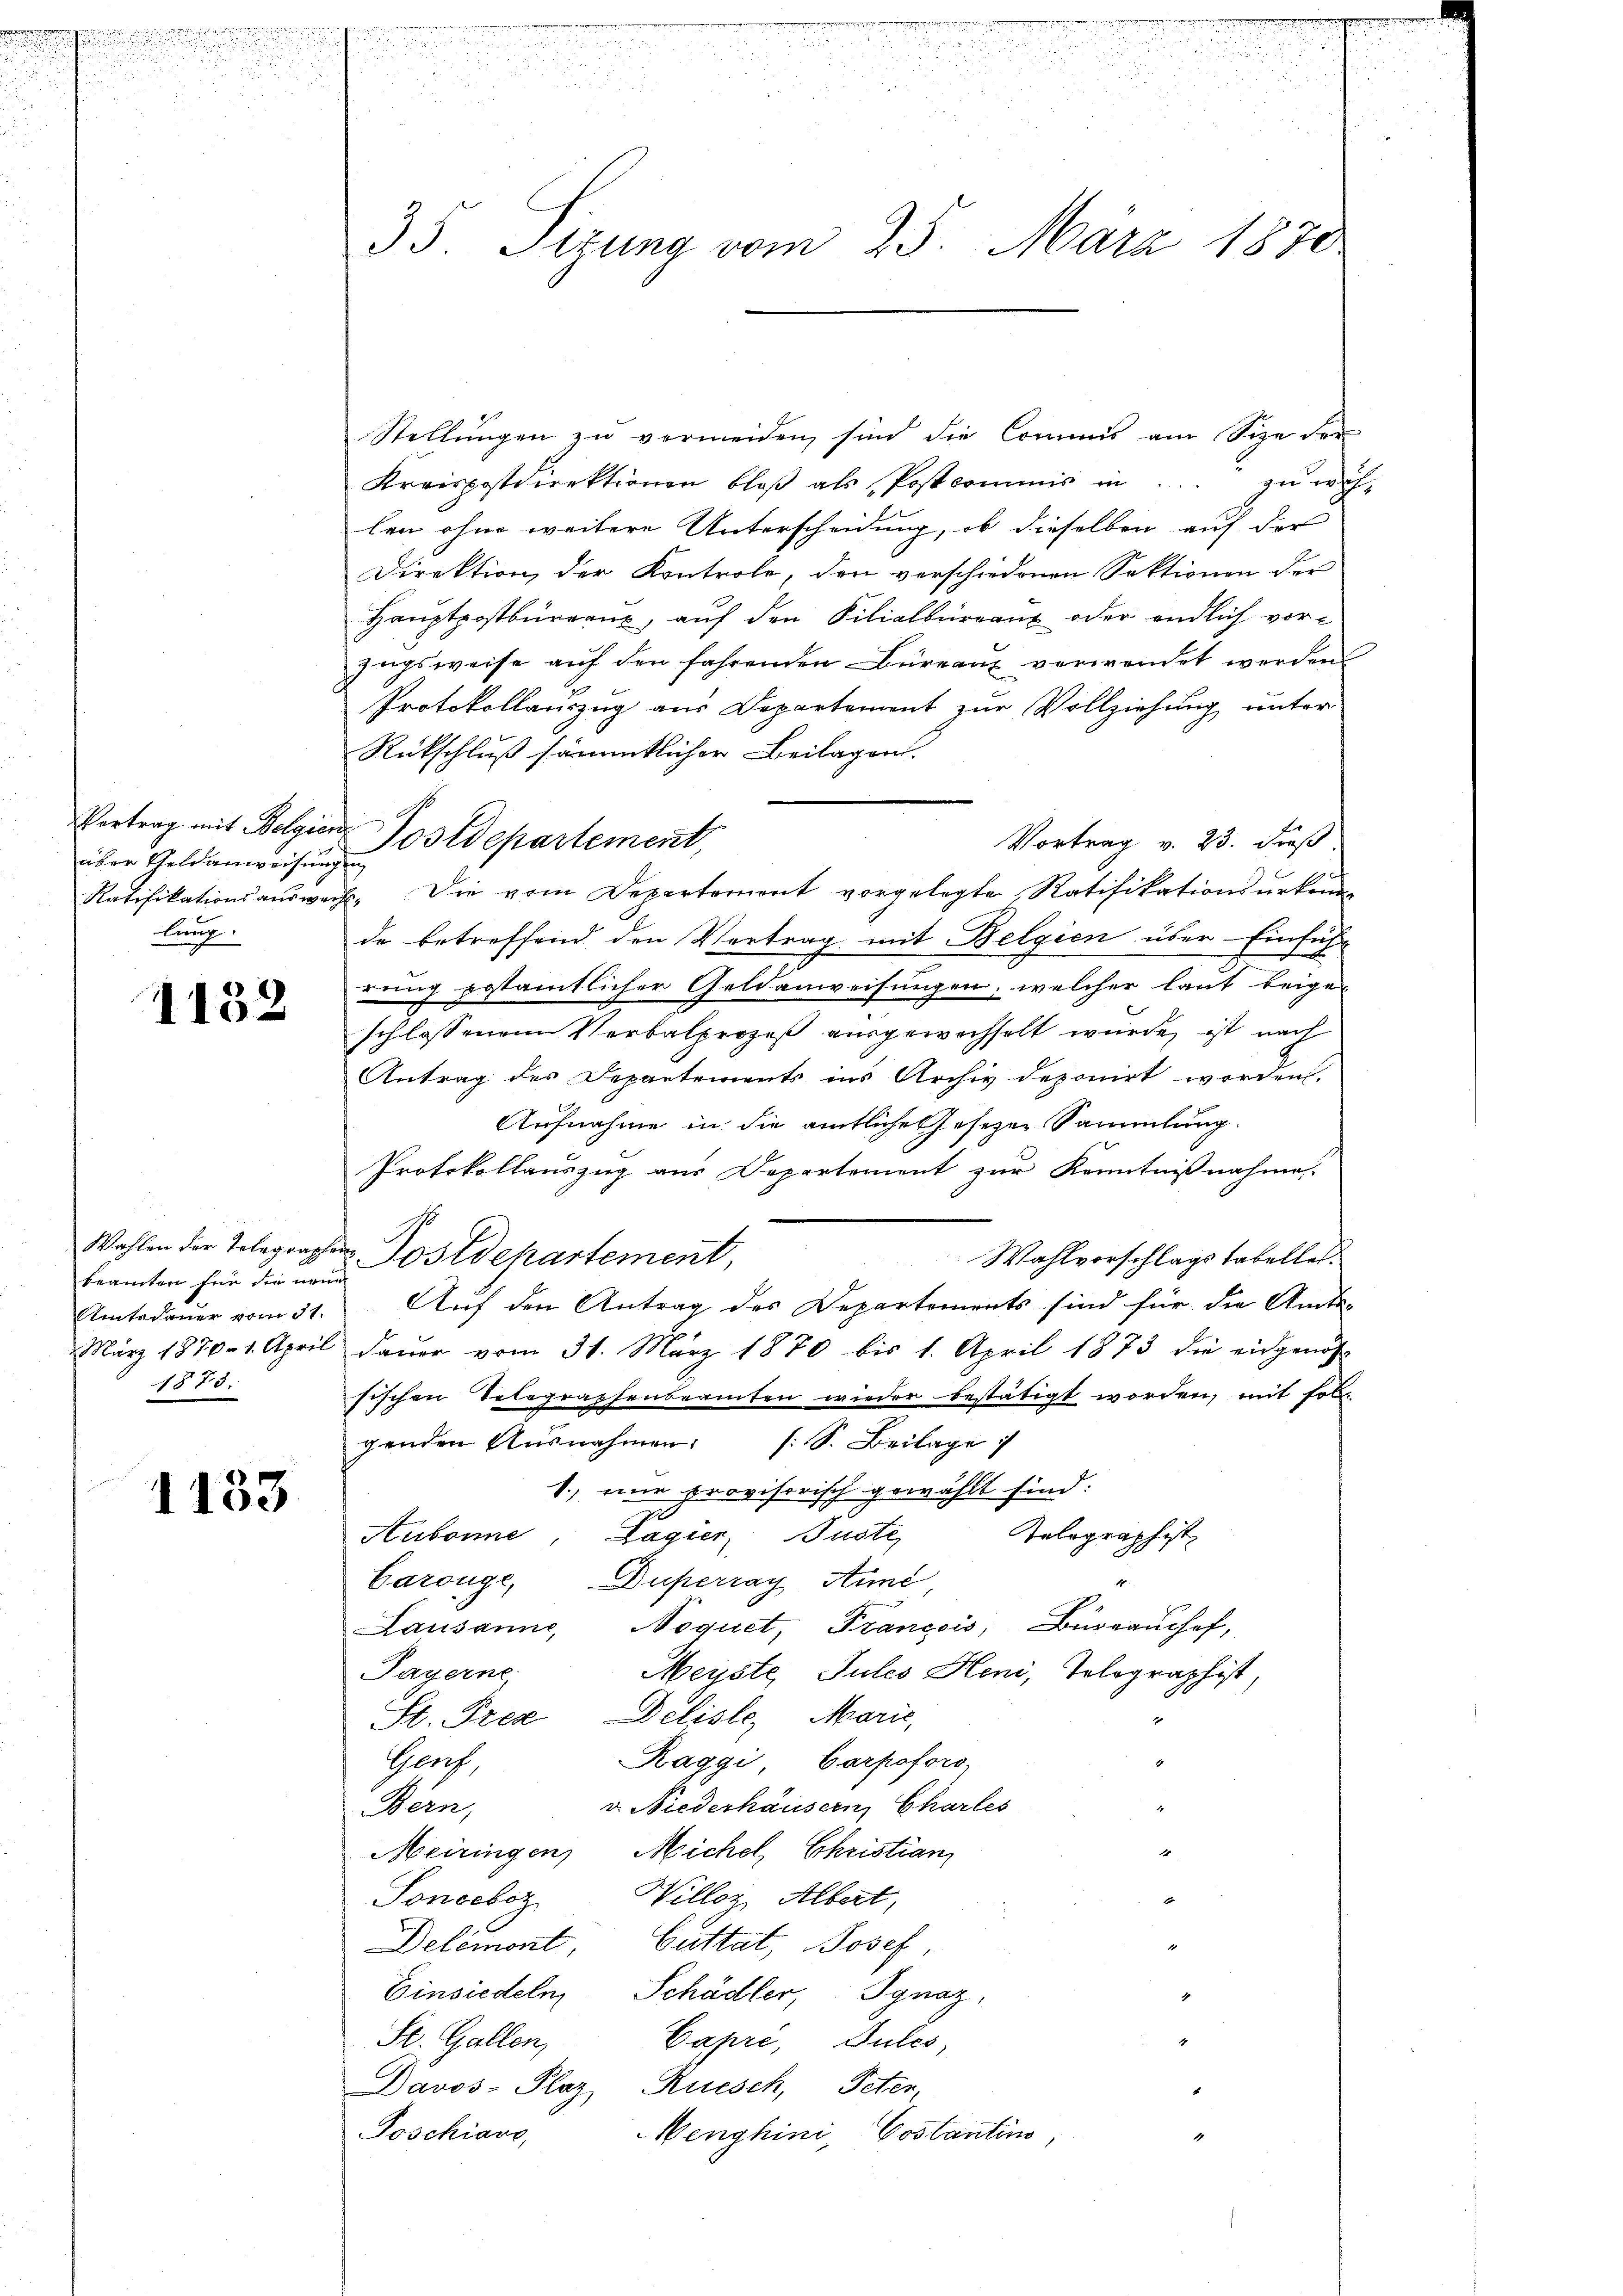
u
s

über Geldanweisungen
lung.

1132

beamten für die neuen
1873.

1133

Stellungen zu vermeiden, sind die Commis am Size der
Kreispostdirektionen bloß als Postcommis in ... zu wählen ohne weitere Unterscheidung, ob dieselben auf der
Direktion der Kontrole, den vorschiedenen Sektionen der
Haŭptpostbüreaŭ, aŭf den Filialbüreau oder endlich vorzugsweise auf den fahrenden Büreaux verwendet werden.
Protokollauszug aus Departement zŭr Vollziehŭng ŭnter
Rückschluß sämmtlicher Beilagen.
Vortrag v. 23. dieß
Ratifikationsaŭswach. Die vom Departement vorgelegte Ratifikationsŭrkenn-
de betreffend den Vertrag mit Belgien über Einführ
rung gestamtlicher Geldanweisungen, welcher laut beige-
schlossenen Verbalprozeß ausgewechselt wurde, ist nach
Antrag des Departements ins Archiv deponirt worden.
Aufnahme in die amtliches Gesezen Sammlung
Protokollauszug aus Departement zur Kenntnißnahme.
Wahlen der Telegraphen Postdepartement,
Wahlvorschlagstabelles.
Amtsdauer vom 31. Auf den Antrag des Departements sind für die Amts-
März 1870. 1. April daŭer vom 31. März 1870 bis 1. April 1873 die eidgenös-
sischen Telegraphenbeamten wieder bestätigt worden, mit sol-
genden Ausnahmen (S. Beilage
1.) eine provisorisch gewählt sind:
Telegraphist
Aubonne, Lagier, Büste,
Carouge, Duperray Aić,
Lausanne, Noquet, Francois, Büreaushof,
Payerne,
Meiste Pules Heni, Tolographist,
St. Prez, Deliste, Marie,
Raggi Carpofors
Prach
v. Niederhäusern Charles
1
Bern,

Meiringen, Michel, Christian
d
Willez Albert,
Sonceboz
Delémont, Guttat, Josef,
Einsiedeln Schädler, Ignaz,
St. Gallen,
Capri, Sules,
Davos- Plaz, Ruesch, Peten,
Poschiavo,
Menghini, Costantons,

33. Sizung vom 25. März 1878

Vortrag mit Belgien Postdepartement,